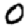
Digit: 0